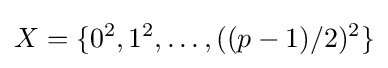
X=\{0^{2},1^{2},\dots ,((p-1)/2)^{2}\}